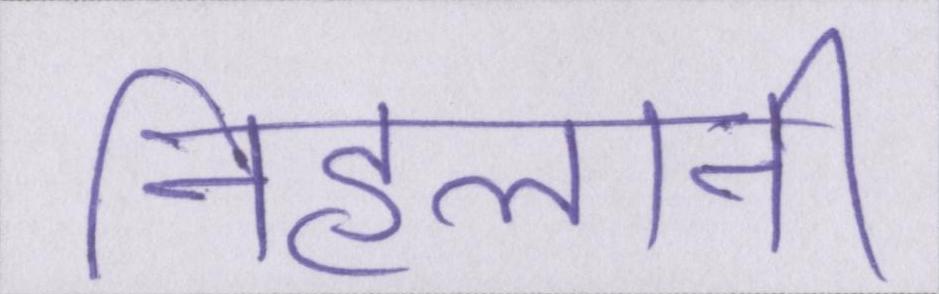
निहलानी